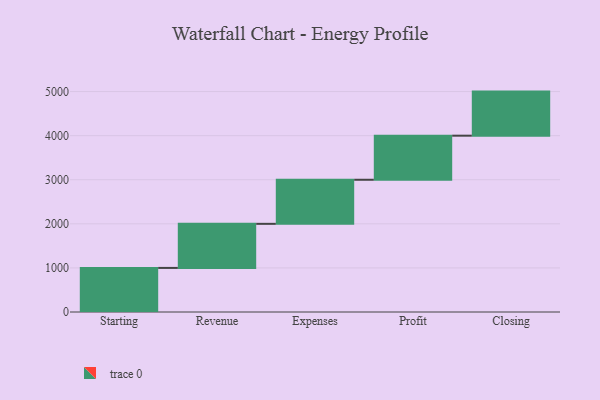
{"axis": {"x": "Step", "y": "Value"}, "legend": [""], "data": [{"x": "Starting", "y": 1000, "type": ""}, {"x": "Revenue", "y": 1000, "type": ""}, {"x": "Expenses", "y": 1000, "type": ""}, {"x": "Profit", "y": 1000, "type": ""}, {"x": "Closing", "y": 1000, "type": ""}]}